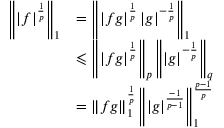
{ \begin{array} { r l } { \left\| | f | ^ { \frac { 1 } { p } } \right\| _ { 1 } } & { = \left\| | f g | ^ { \frac { 1 } { p } } \, | g | ^ { - { \frac { 1 } { p } } } \right\| _ { 1 } } \\ & { \leqslant \left\| | f g | ^ { \frac { 1 } { p } } \right\| _ { p } \left\| | g | ^ { - { \frac { 1 } { p } } } \right\| _ { q } } \\ & { = \| f g \| _ { 1 } ^ { \frac { 1 } { p } } \left\| | g | ^ { \frac { - 1 } { p - 1 } } \right\| _ { 1 } ^ { \frac { p - 1 } { p } } } \end{array} }